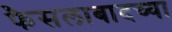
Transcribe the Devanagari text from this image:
फैसलाबादच्या